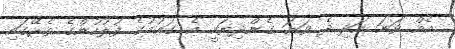
އެއް ވަނަ އަދި ދެ ވަނަ ގެންދިޔައީ އެ ގައުމުގެ ފުލުހުންގެ ތެރޭގައި